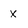
Character: x